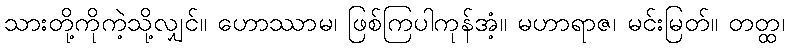
သားတို့ကိုကဲ့သို့လျှင်။ ဟောဿာမ၊ ဖြစ်ကြပါကုန်အံ့။ မဟာရာဇ၊ မင်းမြတ်။ တတ္ထ၊